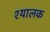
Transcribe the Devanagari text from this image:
श्यालक